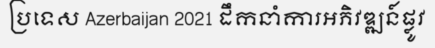
ប្រទេស Azerbaijan 2021 ដឹកនាំការអភិវឌ្ឍន៍ផ្លូវ